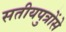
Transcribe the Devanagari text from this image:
सतीयपुत्रोंसे